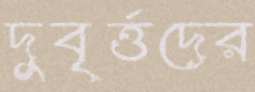
দুবৃর্ত্তদের